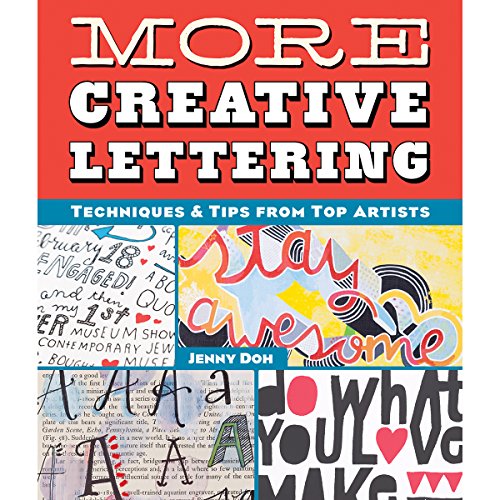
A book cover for More Creative Lettering: Techniques & Tips from Top Artists; Jenny Doh; Arts & Photography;